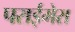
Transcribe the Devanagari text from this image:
पराईमेरा